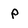
Character: p